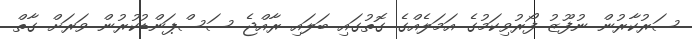
ސަރުކާރުން ނުފޫޒު ފޯރުވިކަމުގެ އަމަލެއްގެ ގޮތުގައި ބަލައި ރާއްޖެ ސަސްޕަންޑުކުރުން ވަރަށް ގާތް